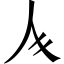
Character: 𱎚